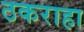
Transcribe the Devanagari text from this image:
ठकराहा